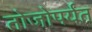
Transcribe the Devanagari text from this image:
तोजोपर्यंत